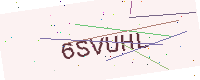
Text: 6SVUHL